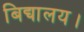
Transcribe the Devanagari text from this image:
बिद्यालय।